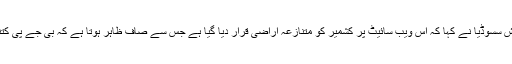
پارٹی لیڈر منیش سسوڈیا نے کہا کہ اس ویب سائیٹ پر کشمیر کو متنازعہ اراضی قرار دیا گیا ہے جس سے صاف ظاہر ہوتا ہے کہ بی جے پی کتنی جھوٹی ہے۔